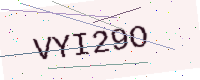
Text: VYI29O